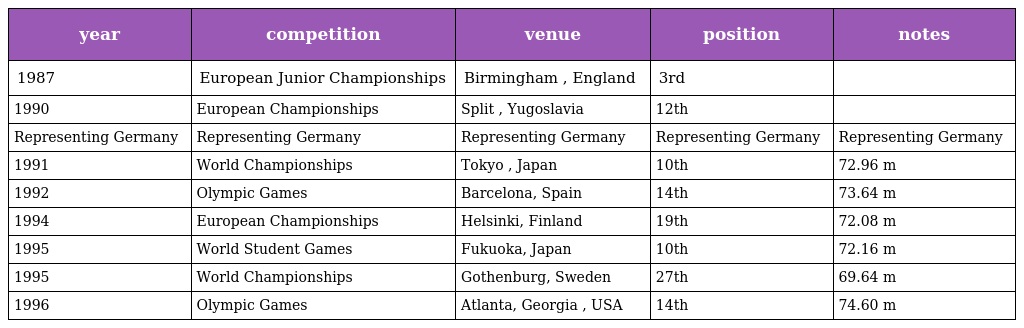
| year | competition | venue | position | notes |
 | --- | --- | --- | --- | --- |
 | 1987 | European Junior Championships | Birmingham , England | 3rd |  |
 | 1990 | European Championships | Split , Yugoslavia | 12th |  |
 | Representing Germany | Representing Germany | Representing Germany | Representing Germany | Representing Germany |
 | 1991 | World Championships | Tokyo , Japan | 10th | 72.96 m |
 | 1992 | Olympic Games | Barcelona, Spain | 14th | 73.64 m |
 | 1994 | European Championships | Helsinki, Finland | 19th | 72.08 m |
 | 1995 | World Student Games | Fukuoka, Japan | 10th | 72.16 m |
 | 1995 | World Championships | Gothenburg, Sweden | 27th | 69.64 m |
 | 1996 | Olympic Games | Atlanta, Georgia , USA | 14th | 74.60 m |